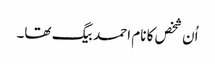
اُن شخص کا نام احمد بیگ تھا۔